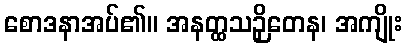
စောဒနာအပ်၏။ အနတ္ထသဉှိတေန၊ အကျိုး